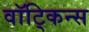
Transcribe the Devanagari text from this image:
वॉट्किन्स